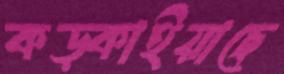
কড়্‌কাইয়াছে